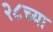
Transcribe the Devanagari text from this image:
२८च्या